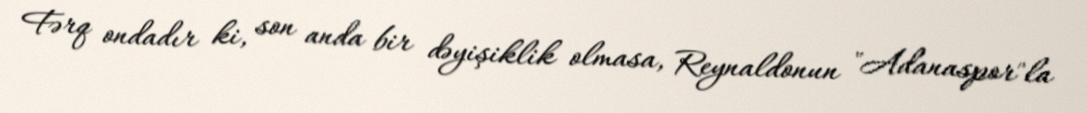
Fərq ondadır ki, son anda bir dəyişiklik olmasa, Reynaldonun "Adanaspor"la